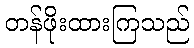
တန်ဖိုးထားကြသည်